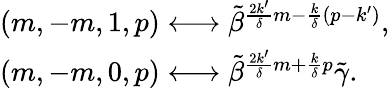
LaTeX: \begin{array}{l}{{(m,-m,1,p)\longleftrightarrow\tilde{\beta}^{\frac{2k^{\prime}}{\delta}m-\frac{k}{\delta}(p-k^{\prime})},}}\\ {{(m,-m,0,p)\longleftrightarrow\tilde{\beta}^{\frac{2k^{\prime}}{\delta}m+\frac{k}{\delta}p}\tilde{\gamma}.}}\end{array}